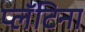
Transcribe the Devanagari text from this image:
प्लॅटिना